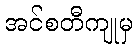
အင်စတီကျုမှ